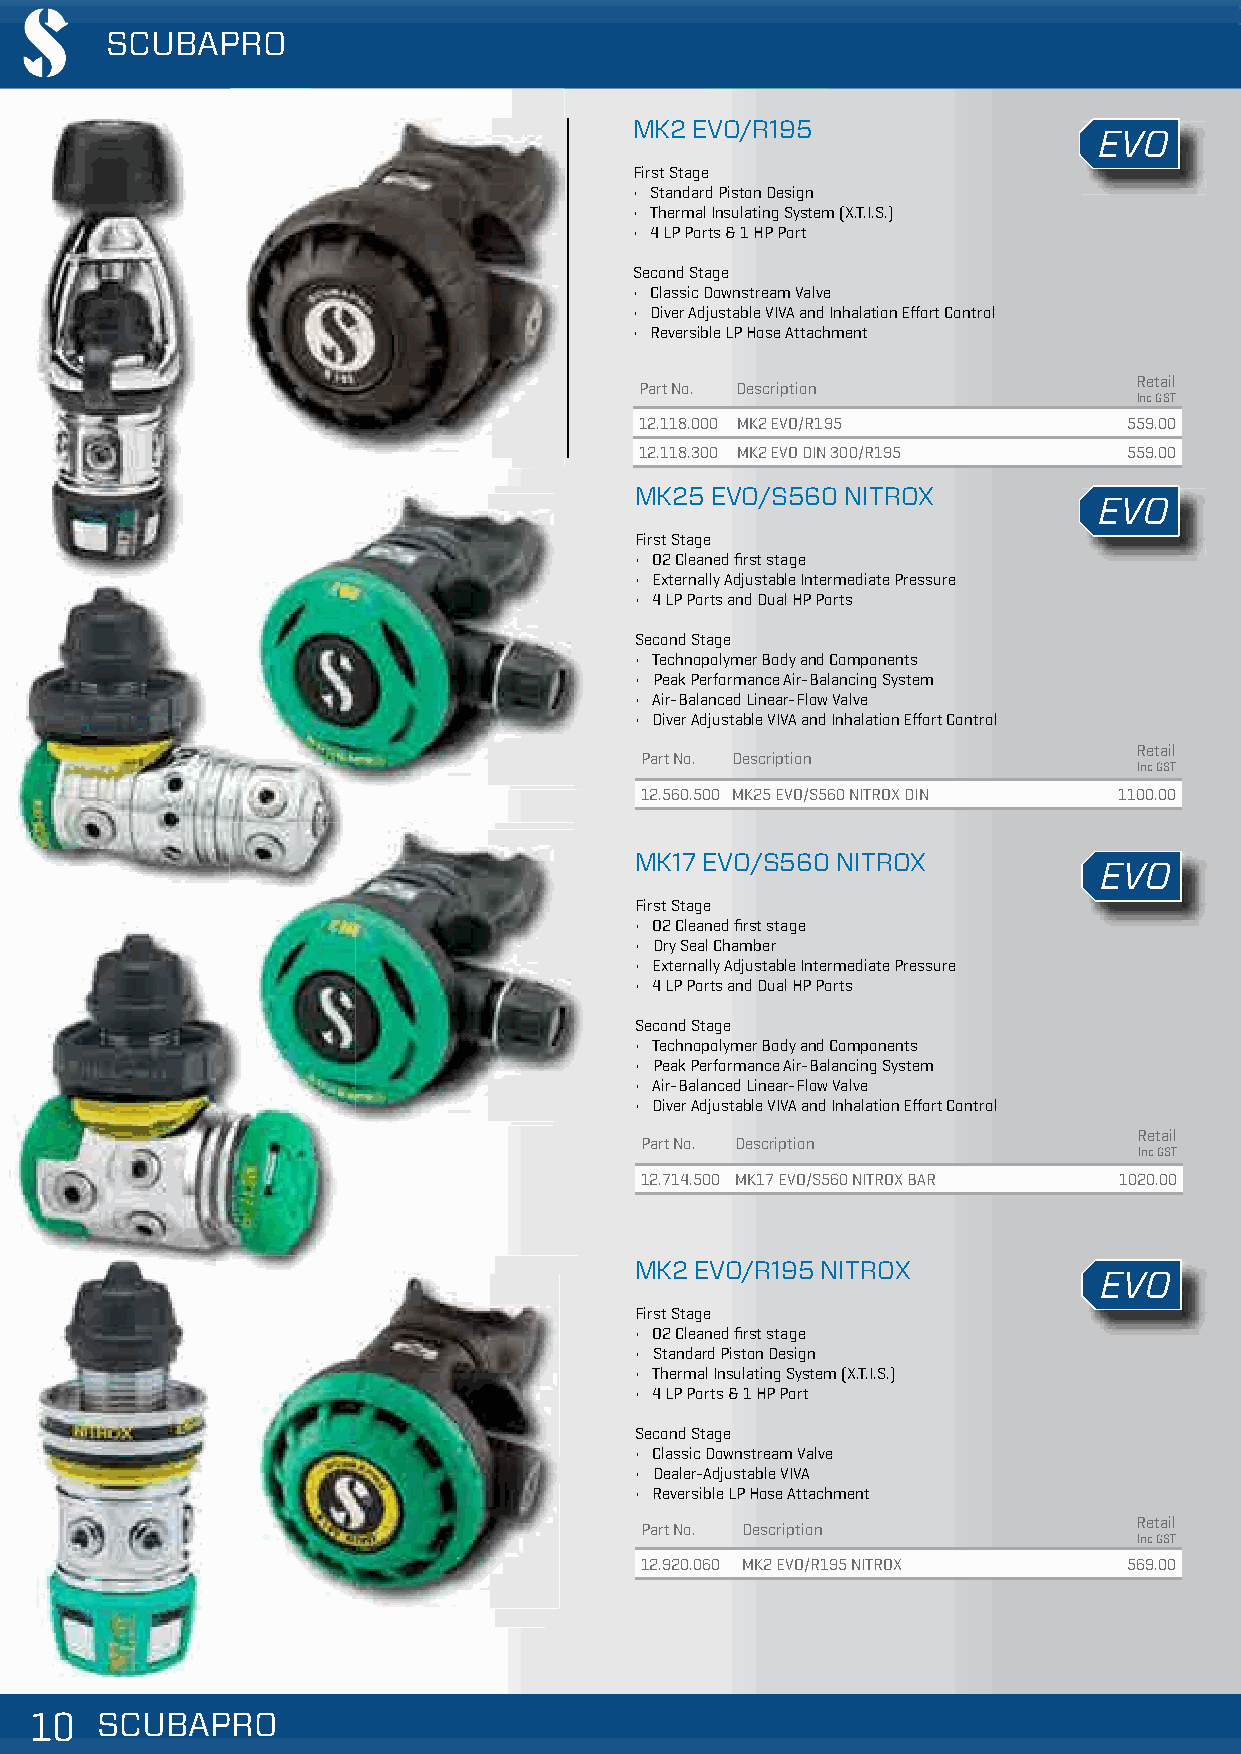
SCUBAPRO
 MK2 EVO/R195
 EVO
 First Stage
 • Standard Piston Design
 • Thermal Insulating System (X.T.I.S.)
 • 4 LP Ports & 1 HP Port
 Second Stage
 • Classic Downstream Valve
 • Diver Adjustable VIVA and Inhalation Effort Control
 • Reversible LP Hose Attachment
 Retail
 Part No. Description
 Inc GST
 12.118.000 MK2 EVO/R195          559.00
 12.118.300 MK2 EVO DIN 300/R195  559.00
 MK25 EVO/S560 NITROX
 EVO
 First Stage
 • O2 Cleaned first stage
 • Externally Adjustable Intermediate Pressure
 • 4 LP Ports and Dual HP Ports
 Second Stage
 • Technopolymer Body and Components
 • Peak Performance Air-Balancing System
 • Air-Balanced Linear-Flow Valve
 • Diver Adjustable VIVA and Inhalation Effort Control
 Retail
 Part No. Description
 Inc GST
 12.560.500 MK25 EVO/S560 NITROX DIN 1100.00
 MK17 EVO/S560 NITROX
 EVO
 First Stage
 • O2 Cleaned first stage
 • Dry Seal Chamber
 • Externally Adjustable Intermediate Pressure
 • 4 LP Ports and Dual HP Ports
 Second Stage
 • Technopolymer Body and Components
 • Peak Performance Air-Balancing System
 • Air-Balanced Linear-Flow Valve
 • Diver Adjustable VIVA and Inhalation Effort Control
 Retail
 Part No. Description
 Inc GST
 12.714.500 MK17 EVO/S560 NITROX BAR 1020.00
 MK2 EVO/R195 NITROX
 EVO
 First Stage
 • O2 Cleaned first stage
 • Standard Piston Design
 • Thermal Insulating System (X.T.I.S.)
 • 4 LP Ports & 1 HP Port
 Second Stage
 • Classic Downstream Valve
 • Dealer-Adjustable VIVA
 • Reversible LP Hose Attachment
 Retail
 Part No. Description
 Inc GST
 12.920.060 MK2 EVO/R195 NITROX   569.00
 111000 SSSCCCUUUBBBAAAPPPRRROOO                                                     VVaalliidd ffrroomm 0011//1100//22001188 || PPrriicceess aarree ssuubbjjeecctt ttoo cchhaannggee wwiitthhoouutt nnoottiiccee